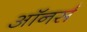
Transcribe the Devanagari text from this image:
अाॅनर्स